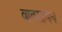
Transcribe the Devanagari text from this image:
वातसायन